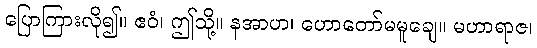
ပြောကြားလို၍။ ဧဝံ၊ ဤသို့။ နအာဟ၊ ဟောတော်မမူချေ။ မဟာရာဇ၊